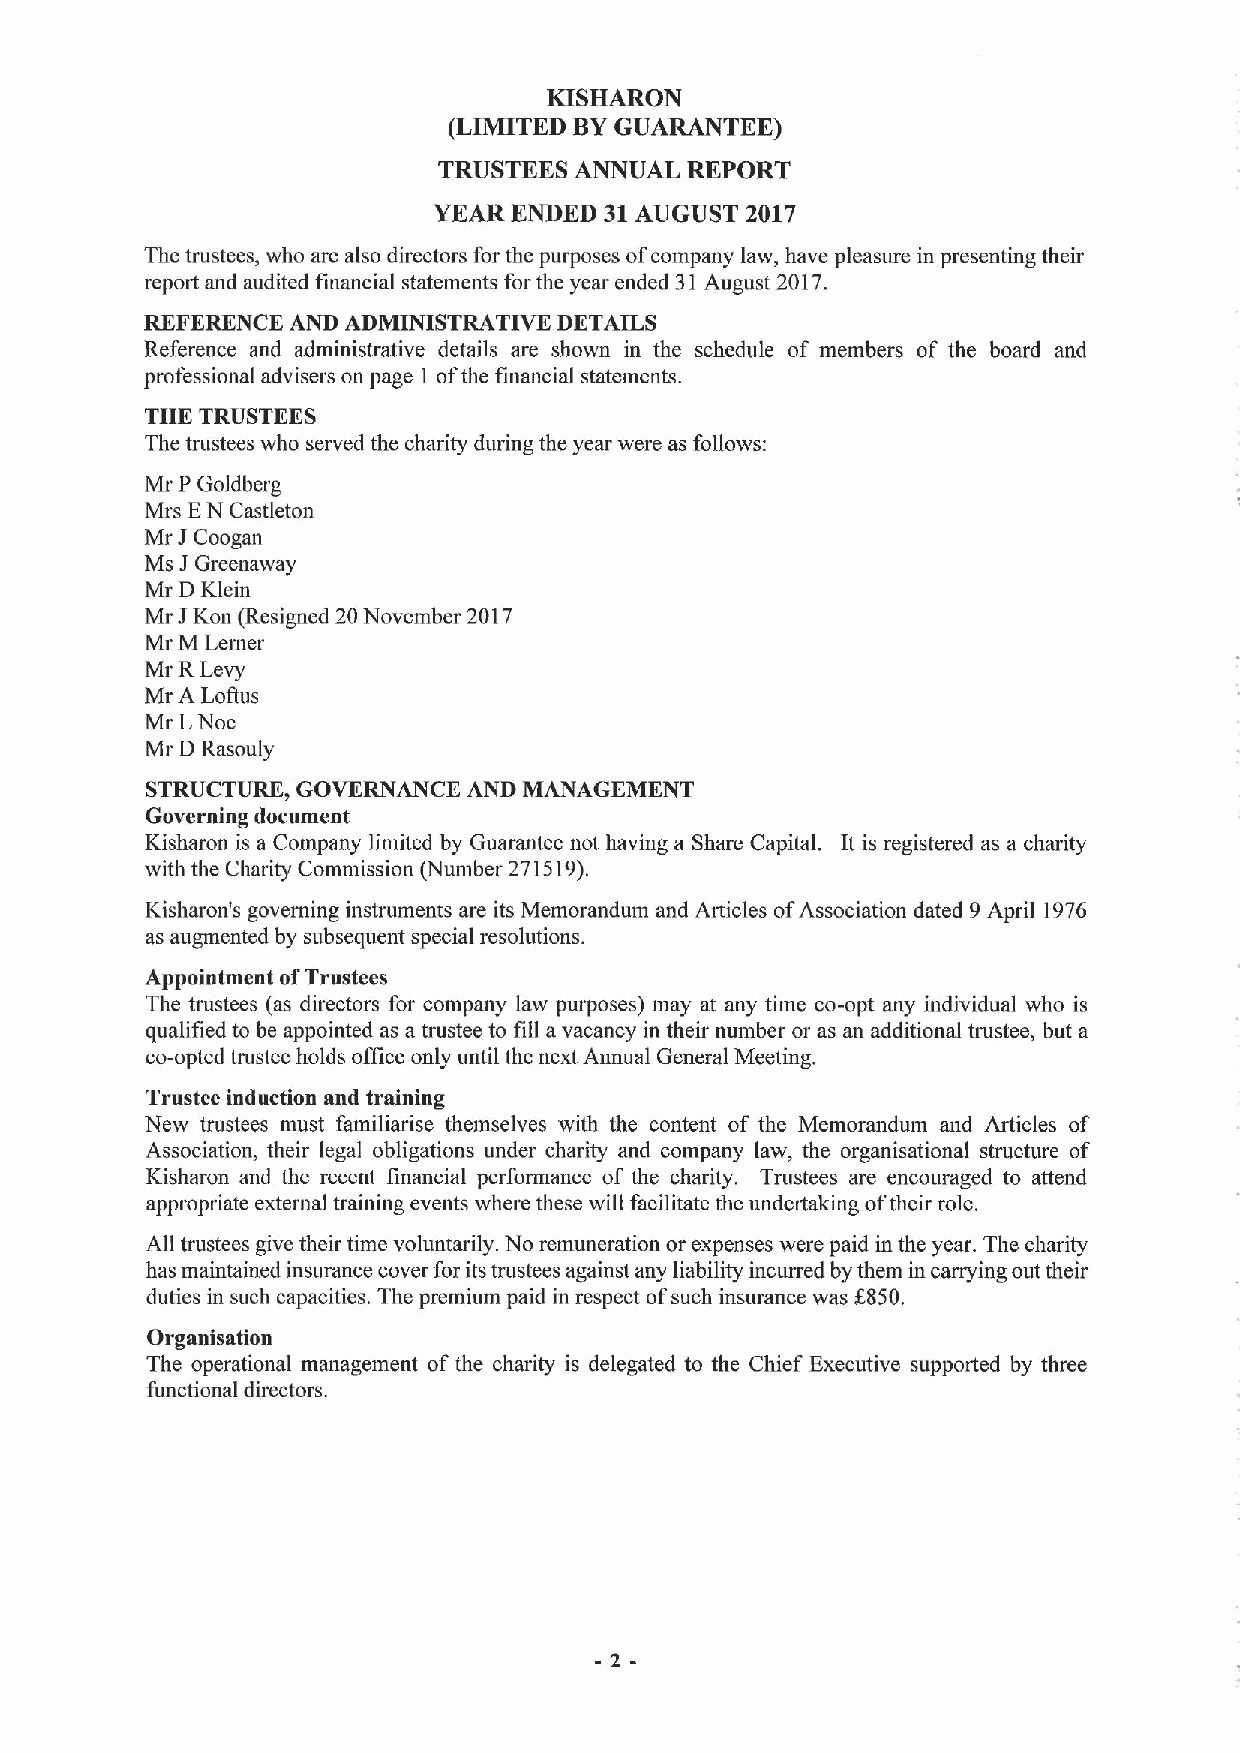
KISHARON
 (LIMITED BYGUARANTEE)
 TRUSTEES ANNUAL REPORT
 YEAR ENDED 31AUGUST 2017
 The trustees, who are also directors for the purposes ofcompany law, have pleasure in presenting their
 report and audited financial statements for the year ended 31August 2017.
 REFERENCE AND ADMINISTRATIVE DETAILS
 Reference and administrative details are shown in the schedule of members of the board and
 professional advisers on page 1 ofthe financial statements.
 THE TRUSTEES
 The trustees who served the charity during the year were as follows:
 Mr P Goldberg
 Mrs EN Castleton
 I
 Mr Coogan
 I
 Ms Greenaway
 Mr D Klein
 Mr I Kon (Resigned 20November 2017
 Mr M Lerner
 Mr RLevy
 Mr A Lottus
 Mr LNoe
 Mr D Rasouly
 STRUCTURE, GOVERNANCE AND MANAGEMENT
 Governing document
 Kisharon is a Company limited by Guarantee not having a Share Capital. It is registered as a charity
 with the Charity Commission (Number 271519).
 Kisharon's governing instruments are its Memorandum and Articles ofAssociation dated 9April 1976
 as augmented by subsequent special resolutions.
 Appointment ofTrustees
 The trustees (as directors for company law purposes) may at any time co-opt any individual who is
 qualified to be appointed as a trustee to fill a vacancy in their number or as an additional trustee, but a
 co-opted trustee holds office only until the next Annual General Meeting.
 Trustee induction and training
 New trustees must familiarise themselves with the content of the Memorandum and Articles of
 Association, their legal obligations under charity and company law, the organisational structure of
 Kisharon and the recent financial performance of the charity. Trustees are encouraged to attend
 appropriate external training events where these will facilitate the undertaking oftheir role.
 All trustees give their time voluntarily. No remuneration or expenses were paid in the year. The charity
 has maintained insurance cover for its trustees against any liability incurred by them in carrying out their
 duties in such capacities. The premium paid in respect ofsuch insurance was X.850.
 Organisation
 The operational management of the charity is delegated to the Chief Executive supported by three
 functional directors.